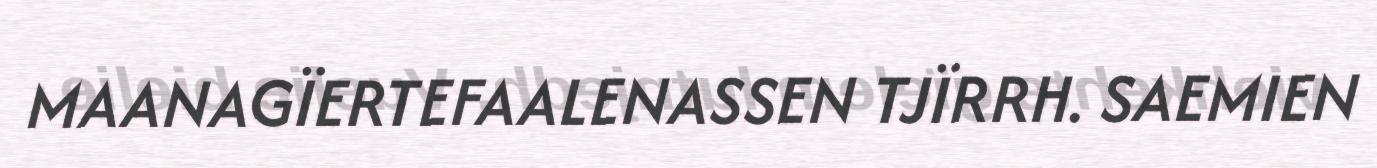
MAANAGÏERTEFAALENASSEN TJÏRRH. SAEMIEN